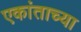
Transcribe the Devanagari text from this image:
एकांताच्या